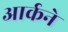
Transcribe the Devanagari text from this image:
आर्कने